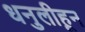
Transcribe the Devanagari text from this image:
धनुलीहून